Report on vaccination in the Province of Bengal - 1874-1889
Year: 1874
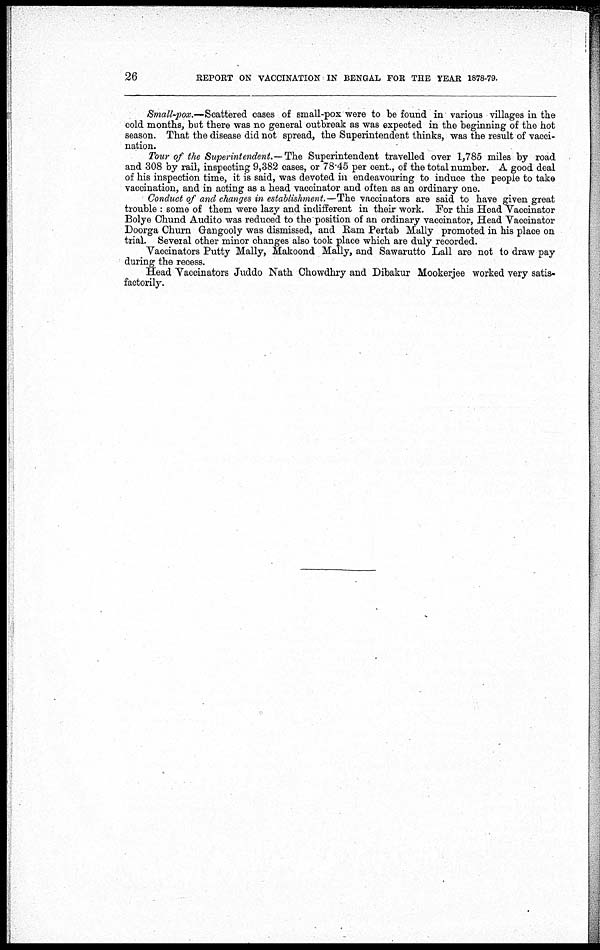
26
REPORT ON VACCINATION IN BENGAL FOR THE YEAR 1878-79.
Small-pox.—Scattered cases of small-pox were to be found in various villages in the
cold months, but there was no general outbreak as was expected in the beginning of the hot
season. That the disease did not spread, the Superintendent thinks, was the result of vacci-
nation.
Tour of the Superintendent.— The Superintendent travelled over 1,785 miles by road
and 308 by rail, inspecting 9,382 cases, or 78.45 per cent., of the total number. A good deal
of his inspection time, it is said, was devoted in endeavouring to induce the people to take
vaccination, and in acting as a head vaccinator and often as an ordinary one.
Conduct of and changes in establishment.—The vaccinators are said to have given great
trouble : some of them were lazy and indifferent in their work. For this Head Vaccinator
Bolye Chund Audito was reduced to the position of an ordinary vaccinator, Head Vaccinator
Doorga Churn Gangooly was dismissed, and Ram Pertab Mally promoted in his place on
trial. Several other minor changes also took place which are duly recorded.
Vaccinators Putty Mally, Makoond Mally, and Sawarutto Lall are not to draw pay
during the recess.
Head Vaccinators Juddo Nath Chowdhry and Dibakur Mookerjee worked very satis-
factorily.